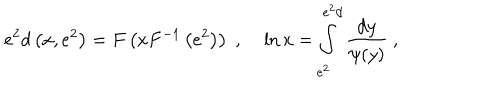
LaTeX: e ^ { 2 } d \left( x , e ^ { 2 } \right) = F \left( x F ^ { - 1 } \left( e ^ { 2 } \right) \right) \; , \; \ln x = \int _ { e ^ { 2 } } ^ { e ^ { 2 } d } \frac { \mathrm { d } y } { \psi ( y ) } ~ ,